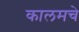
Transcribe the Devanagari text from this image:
कालमचे